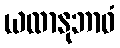
ယထာနုဘာဝံ